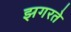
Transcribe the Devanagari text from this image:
झगरते